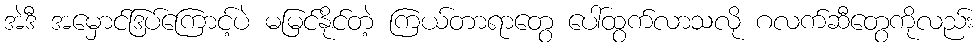
အဲဒီ အမှောင်ဒြပ်ကြောင့်ပဲ မမြင်နိုင်တဲ့ ကြယ်တာရာတွေ ပေါ်ထွက်လာသလို ဂလက်ဆီတွေကိုလည်း